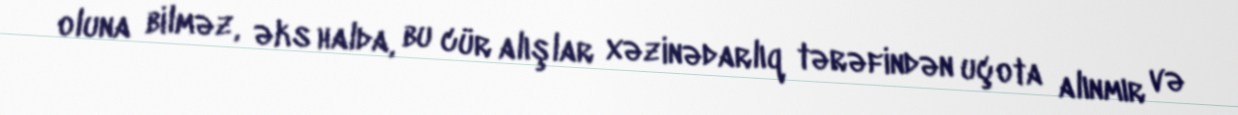
oluna bilməz, əks halda, bu cür alışlar xəzinədarlıq tərəfindən uçota alınmır və